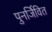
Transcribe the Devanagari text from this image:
पुनर्जिवित